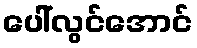
ပေါ်လွင်အောင်